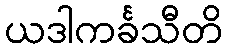
ယဒါကင်္ခသီတိ